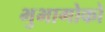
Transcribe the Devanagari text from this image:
भुभागोको